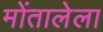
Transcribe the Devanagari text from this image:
मोंतालेला